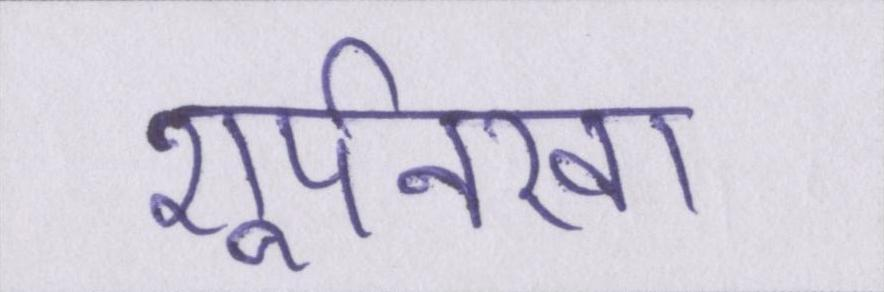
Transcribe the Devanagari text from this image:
शूर्पनखा